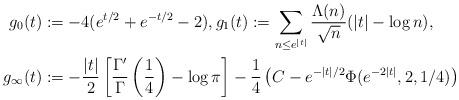
LaTeX: \begin{align*} \aligned g_0(t) & := - 4(e^{t/2}+e^{-t/2}-2), g_1(t) := \sum_{n \leq e^{|t|}} \frac{\Lambda(n)}{\sqrt{n}}(|t|-\log n), \\g_\infty(t) & := - \frac{|t|}{2}\left[ \frac{\Gamma'}{\Gamma}\left(\frac{1}{4}\right) - \log \pi \right] -\frac{1}{4}\left( C - e^{-|t|/2}\Phi(e^{-2|t|},2,1/4) \right) \endaligned \end{align*}